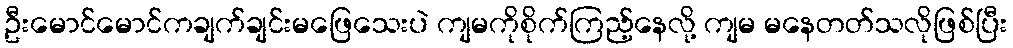
ဦးမောင်မောင်ကချက်ချင်းမဖြေသေးပဲ ကျမကိုစိုက်ကြည့်နေလို့ ကျမ မနေတတ်သလိုဖြစ်ပြီး